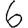
Digit: 6